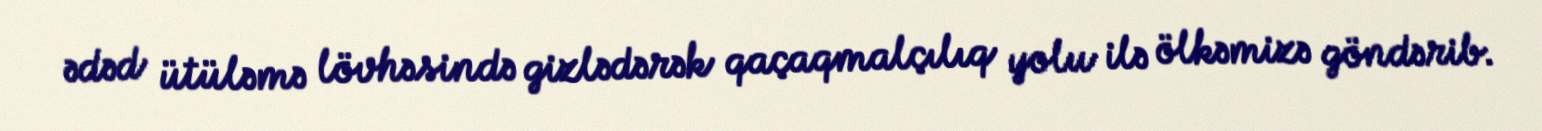
ədəd ütüləmə lövhəsində gizlədərək qaçaqmalçılıq yolu ilə ölkəmizə göndərib.